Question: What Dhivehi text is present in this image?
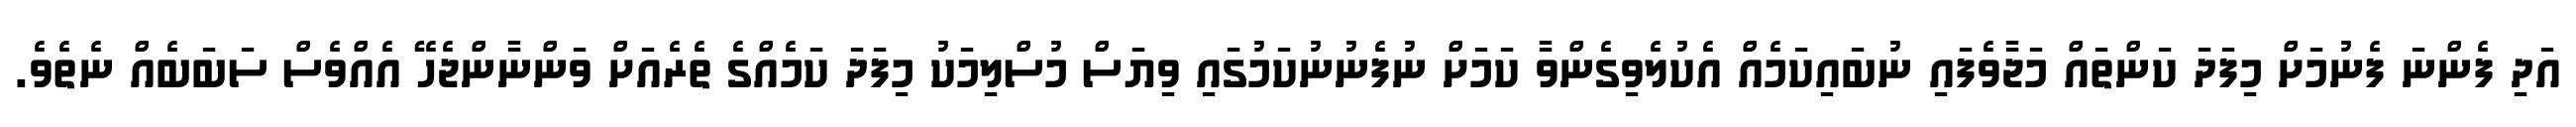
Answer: އަދި ފެންނަ ފެނުމަށް މިފަދަ ކަންތައް މަޖާވެފައި ނުބައިކަމެއް އެކުލެވިގެންވާ ކަމަށް ނުފެނުނުކަމުގައި ވިޔަސް މުސްލިމަކު މިފަދަ ކަމެއްގެ ތެރެއަށް ވަންނާންޖެހޭ އެއްވެސް ސަބަބެއް ނެތެވެ.